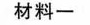
材料一